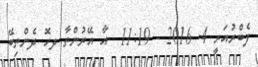
ފެބްރުއަރީ 4